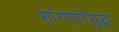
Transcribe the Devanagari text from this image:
सांगणारेसुद्धा